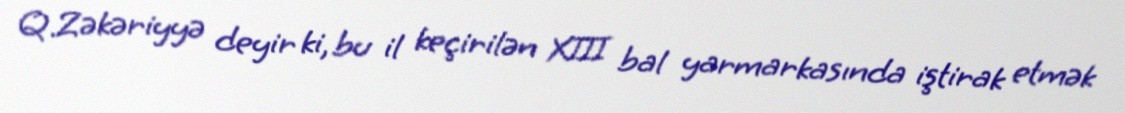
Q.Zəkəriyyə deyir ki, bu il keçirilən XIII bal yarmarkasında iştirak etmək